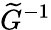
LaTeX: \widetilde G^{-1}